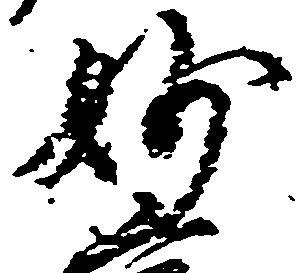
妙